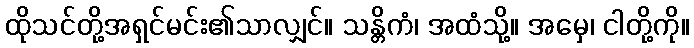
ထိုသင်တို့အရှင်မင်း၏သာလျှင်။ သန္တိကံ၊ အထံသို့။ အမှေ၊ ငါတို့ကို။